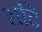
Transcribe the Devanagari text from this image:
शदि